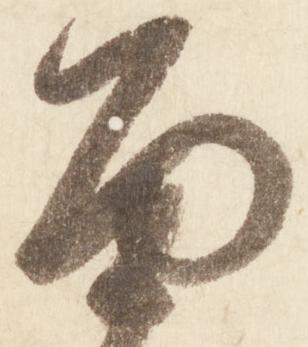
面